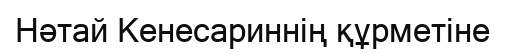
Нәтай Кенесариннің құрметіне